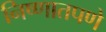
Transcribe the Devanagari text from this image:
निष्णातपणे